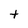
Character: t